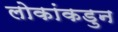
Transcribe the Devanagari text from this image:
लोकांकडुन